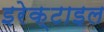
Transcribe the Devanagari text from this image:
इरेक्टाइल